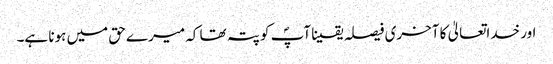
اور خداتعالیٰ کا آخری فیصلہ یقینا آپؐ کو پتہ تھا کہ میرے حق میں ہونا ہے۔